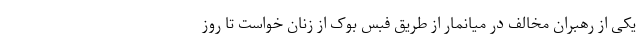
یکی از رهبران مخالف در میانمار از طریق فبس بوک از زنان خواست تا روز